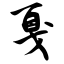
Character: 戛